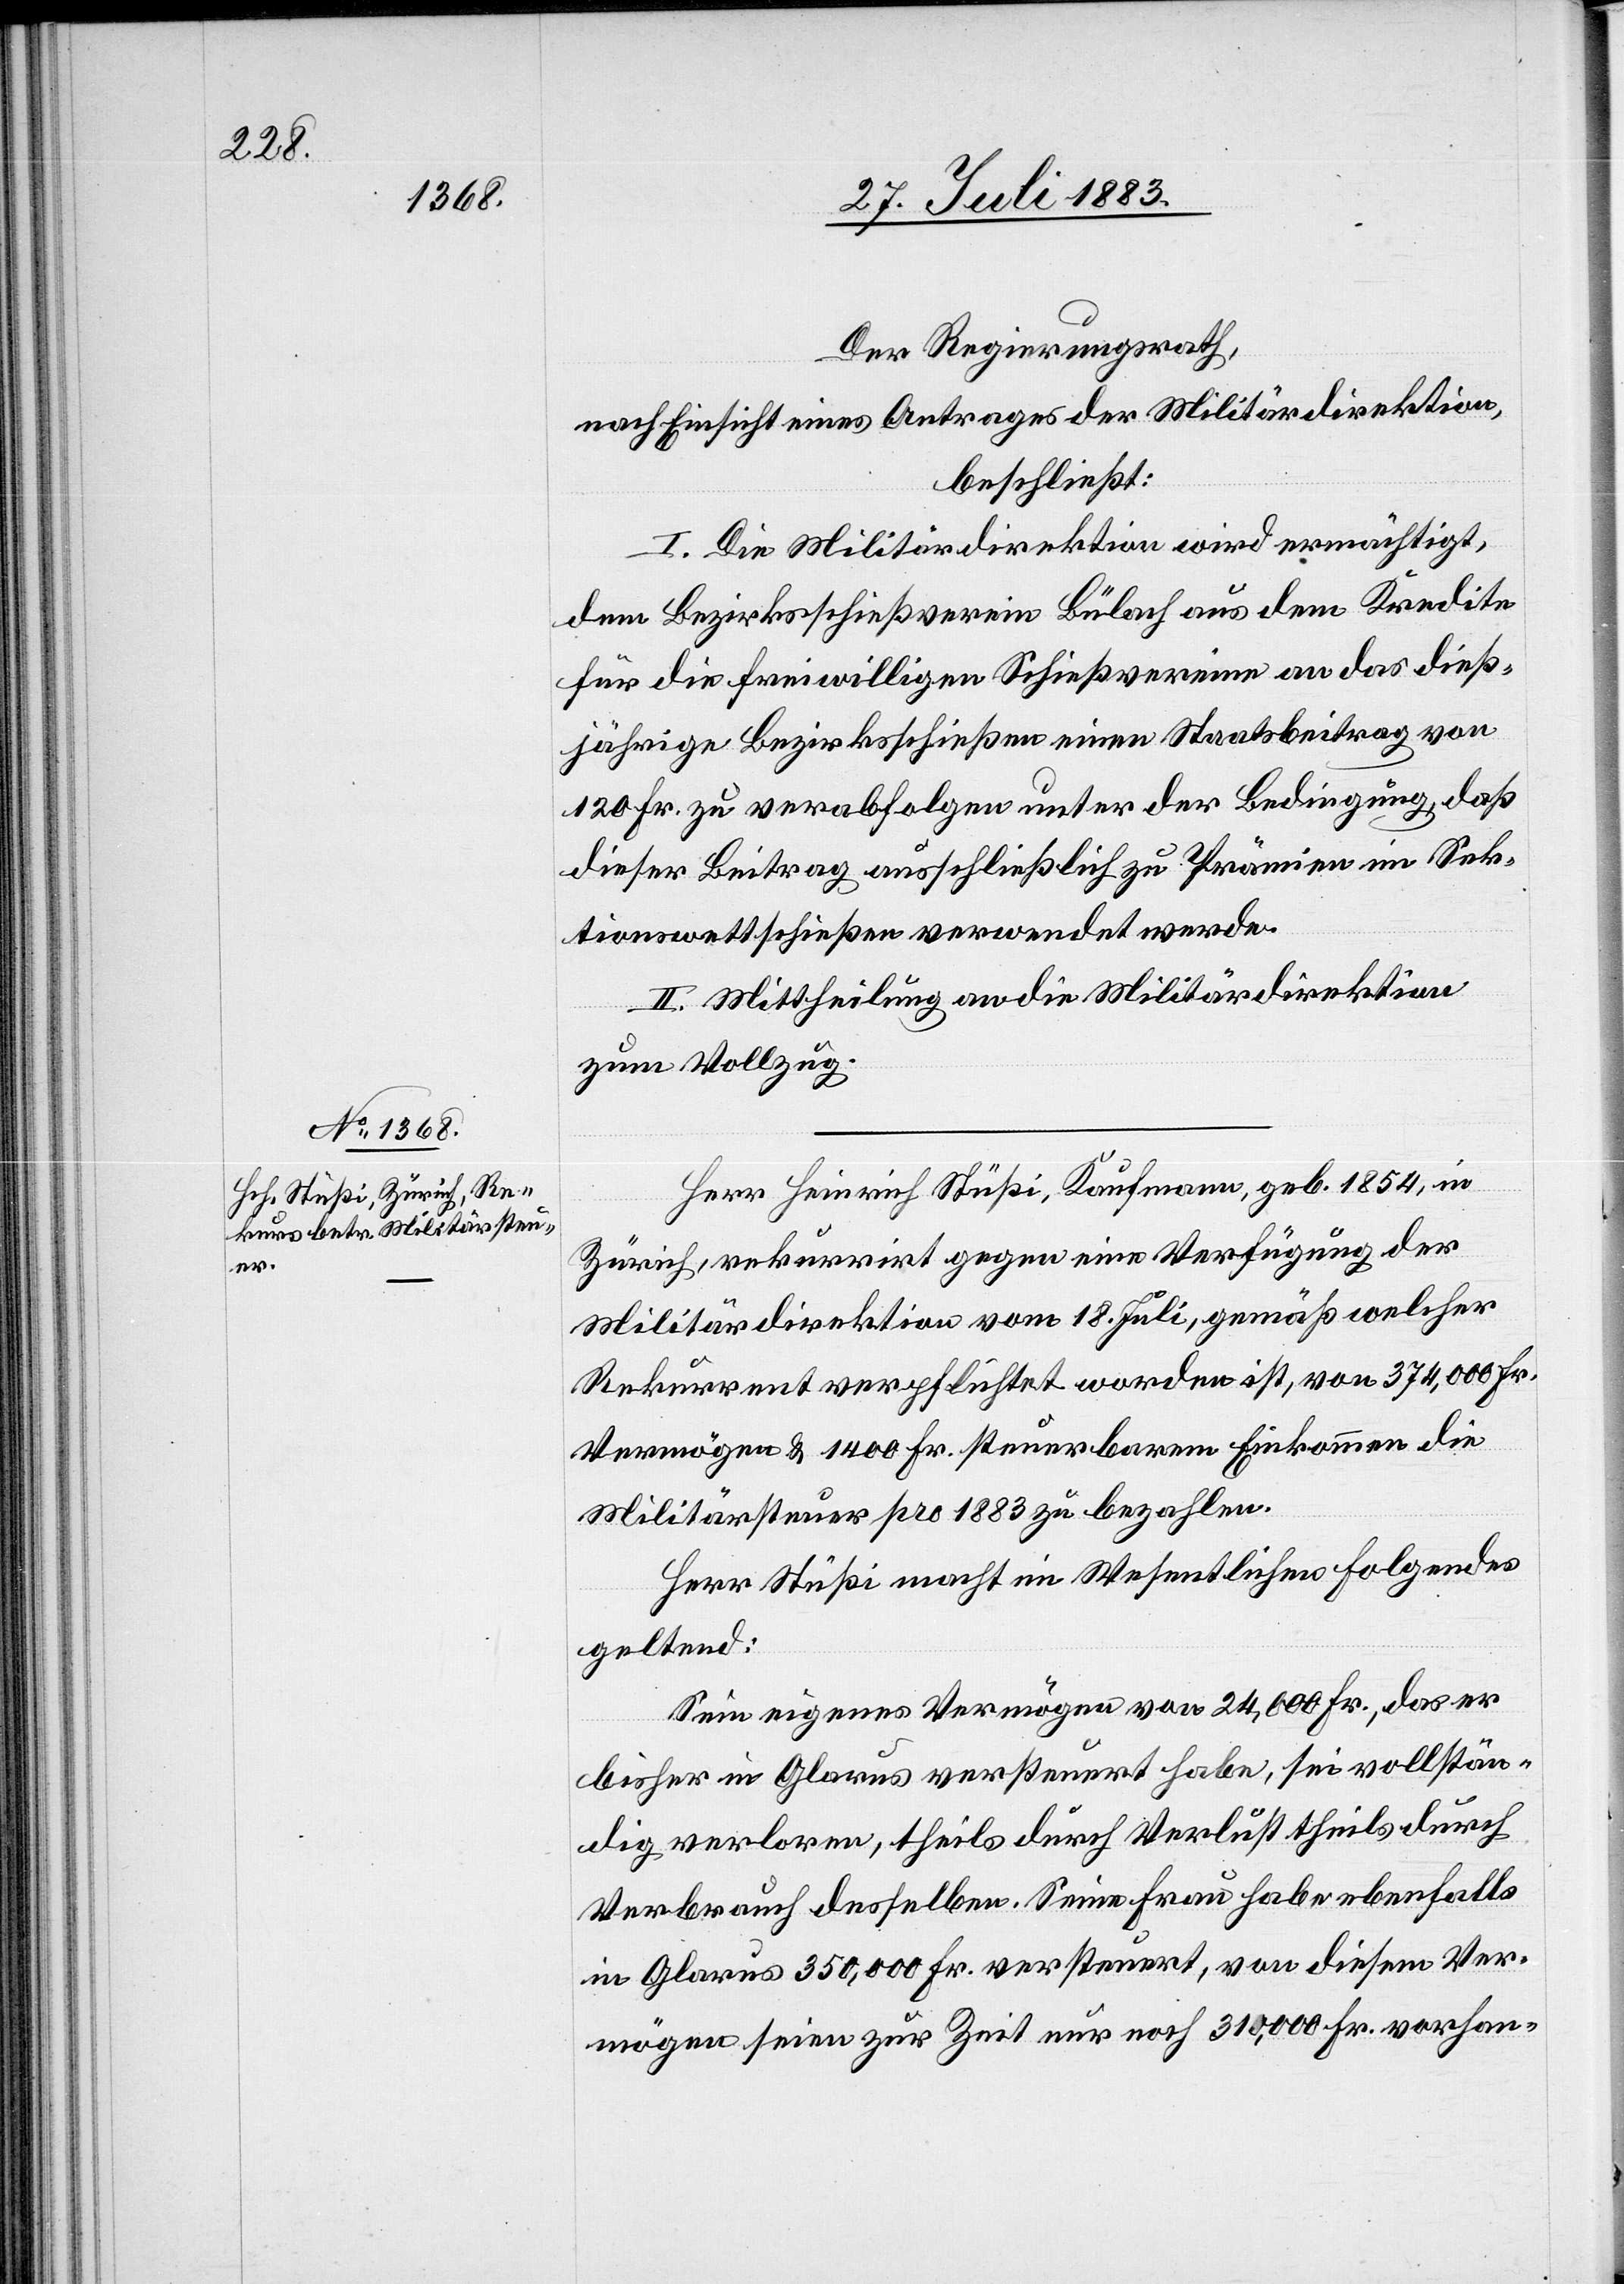
Der Regierungsrath,
nach Einsicht eines Antrages der Militärdirektion,
beschließt:
I. Die Militärdirektion wird ermächtigt,
dem Bezirksschießverein Bülach aus dem Kredite
für die freiwilligen Schießvereine an das dieß¬
jährige Bezirksschießen einen Staatsbeitrag von
120 Fr. zu verabfolgen unter der Bedingung, daß
dieser Beitrag ausschließlich zu Prämien im Sek¬
tionswettschießen verwendet werde.
II. Mittheilung an die Militärdirektion
zum Vollzug.
Herr Heinrich Stüßi, Kaufmann, geb. 1854, in
Zürich, rekurrirt gegen eine Verfügung der
Militärdirektion vom 18. Juli, gemäß welcher
Rekurrent verpflichtet worden ist, von 374,000 Fr.
Vermögen & 1400 Fr. steuerbarem Einkommen die
Militärsteuer pro 1883 zu bezahlen.
Herr Stüßi macht im Wesentlichen Folgendes
geltend:
Sein eigenes Vermögen von 24,000 Fr., das er
bisher in Glarus versteuert habe, sei vollstän¬
dig verloren, theils durch Verlust theils durch
Verbrauch desselben. Seine Frau habe ebenfalls
in Glarus 350,000 Fr. versteuert, von diesem Ver¬
mögen seien zur Zeit nur noch 310,000 Fr. vorhan-